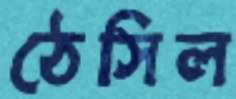
ঠেসিল